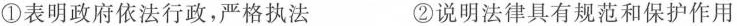
①表明政府依法行政，严格执法 ②说明法律具有规范和保护作用